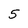
Character: 5